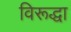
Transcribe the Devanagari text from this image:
विरूद्धा